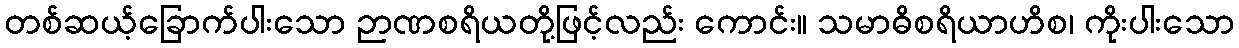
တစ်ဆယ့်ခြောက်ပါးသော ဉာဏစရိယတို့ဖြင့်လည်း ကောင်း။ သမာဓိစရိယာဟိစ၊ ကိုးပါးသော